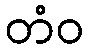
တံဝ